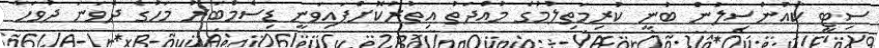
ސިޓީ ކައުންސިލުން ބުނީ ކުރިމަތިލުމުގެ މުއްދަތު އިތުރުކޮށްފައިވަނީ ޑިސެމްބަރު މަހުގެ ދެވަނަ ދުވަހާ